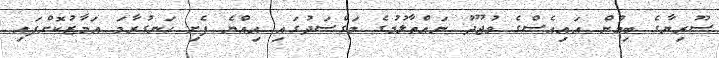
ސޫރިޔާގެ ބިމުން އައިއެސްގެ ވުޖޫދު ނައްތާލުމުގެ މަގްސަދުގައި އިއްޔެ ފެށި ހަނގުރާމަ އަމާޒުކޮށްފައި